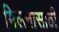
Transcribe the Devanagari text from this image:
मिलनासाठी